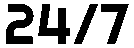
24/7